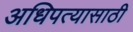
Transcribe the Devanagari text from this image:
अधिपत्यासाठी